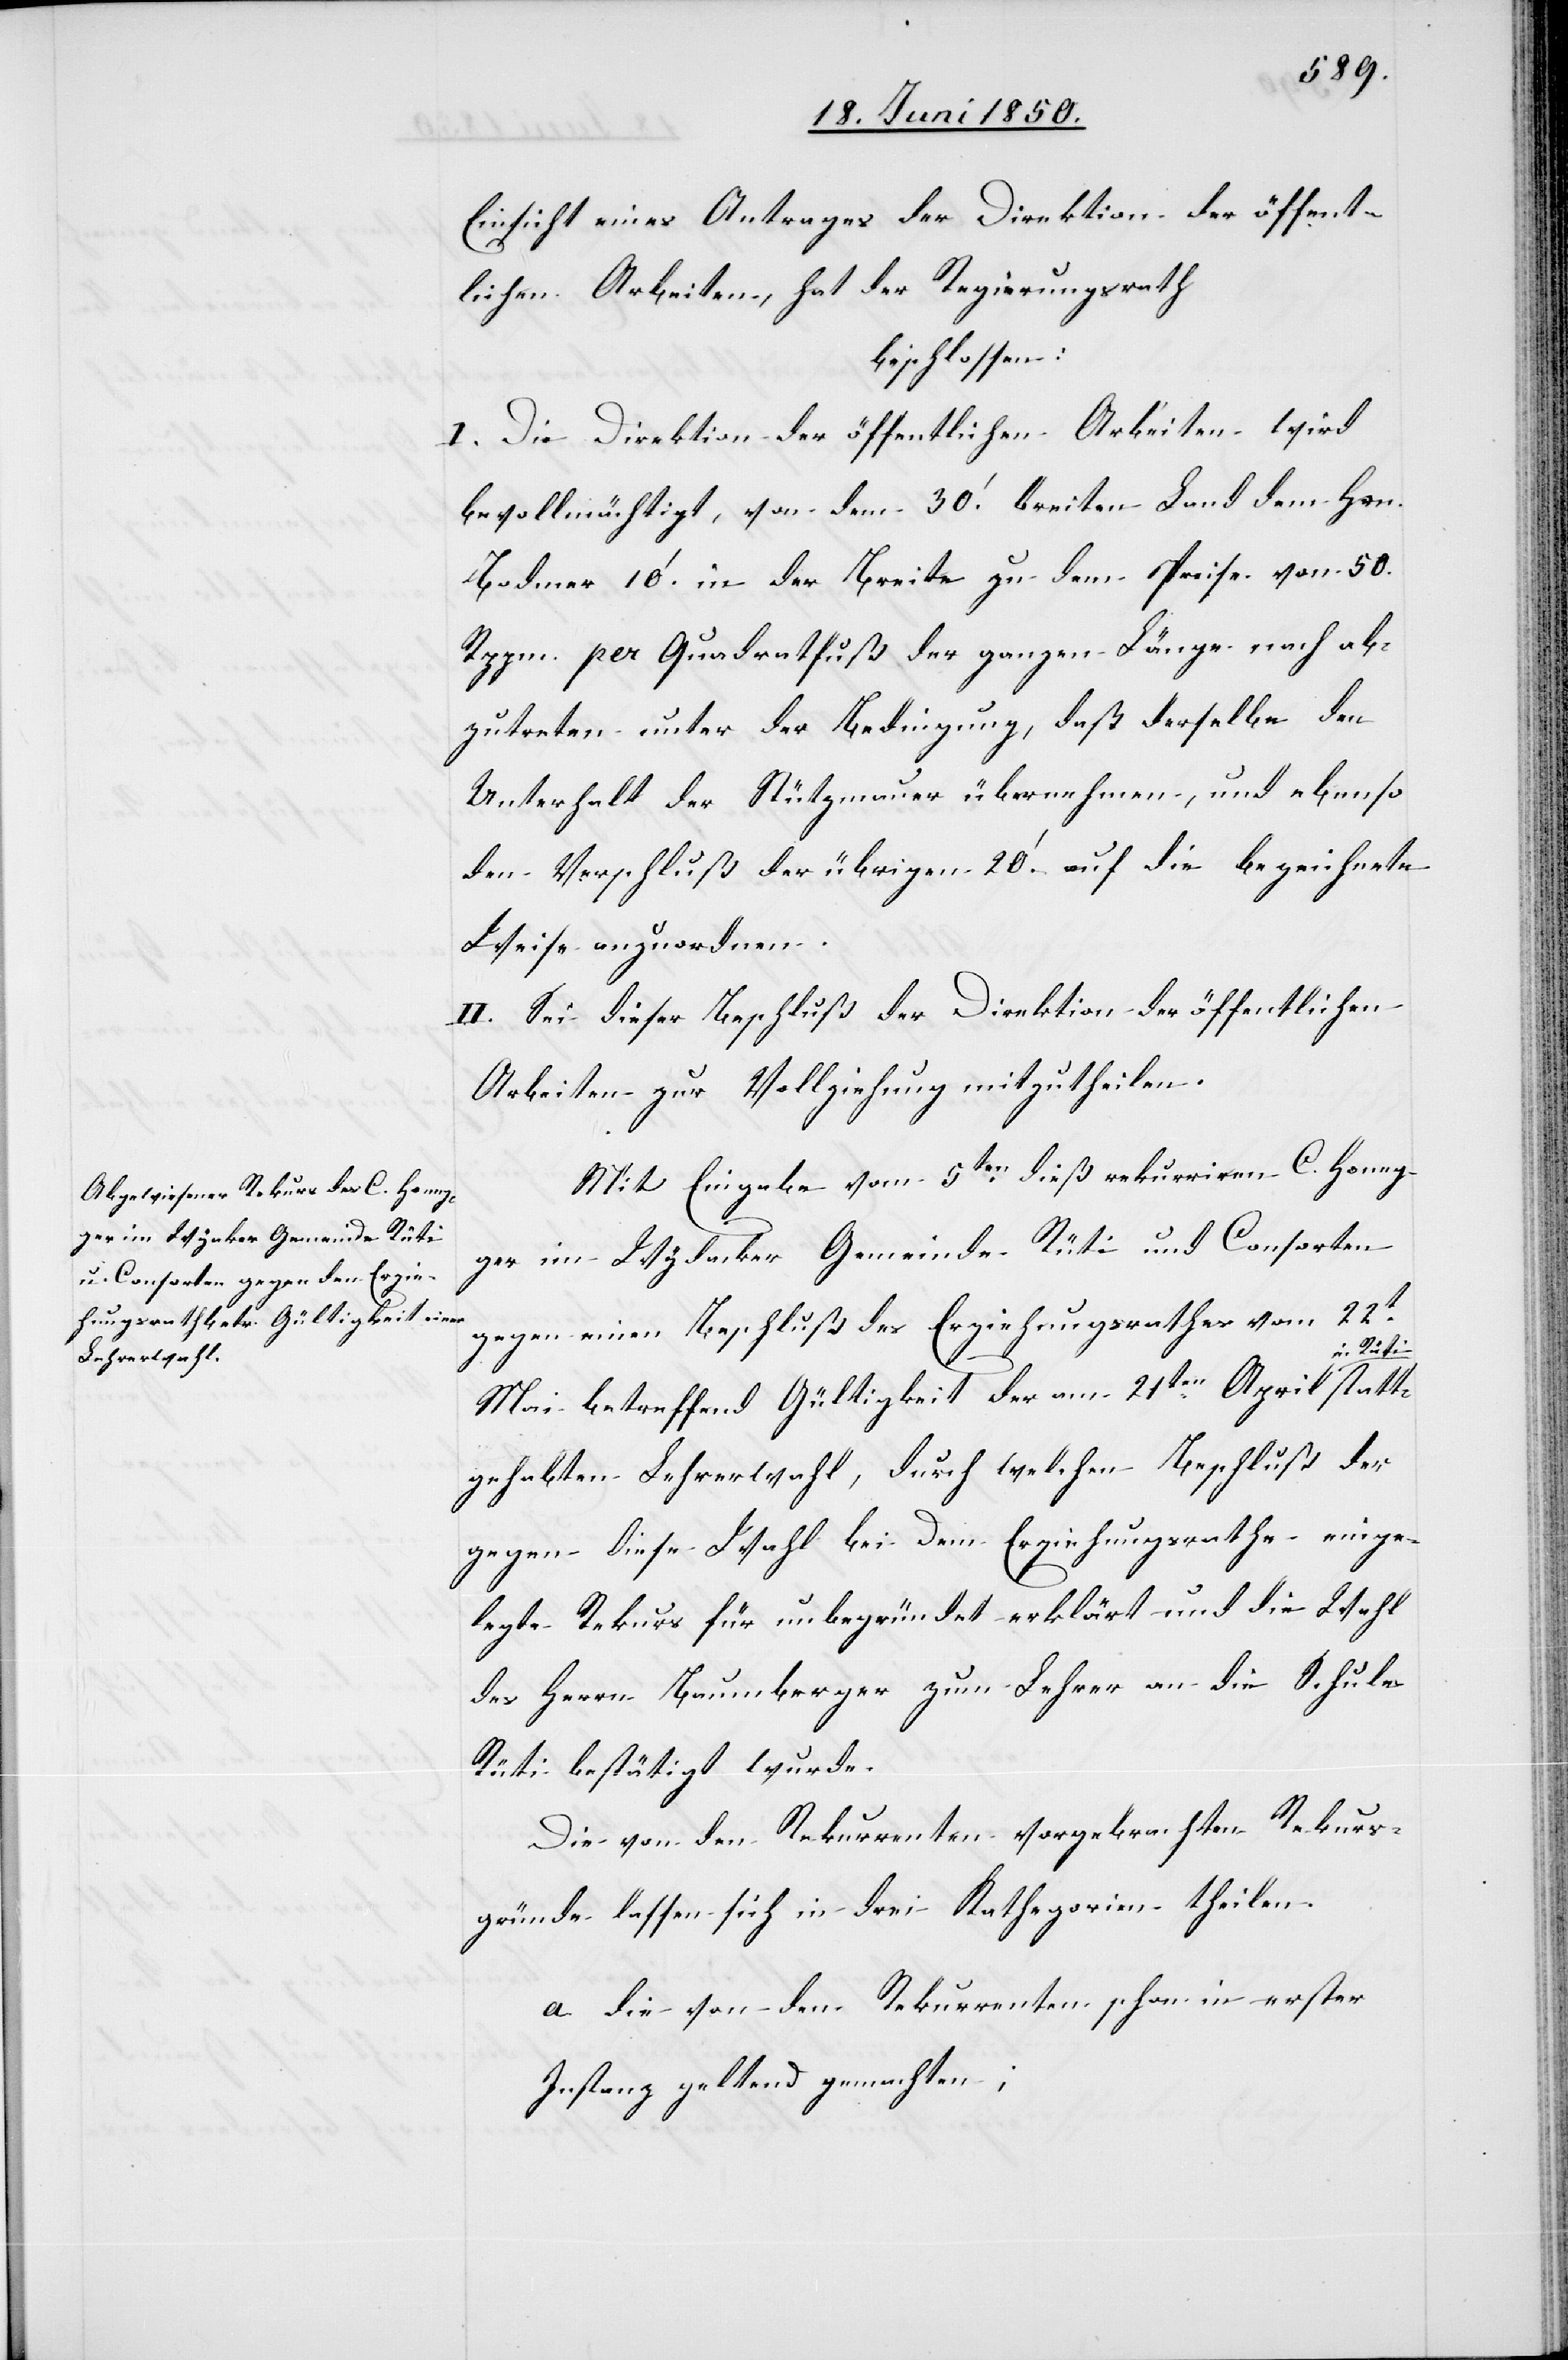
Einsicht eines Antrages der Direktion der öffent¬
lichen Arbeiten, hat der Regierungsrath
beschlossen:
I. Die Direktion der öffentlichen Arbeiten wird
bevollmächtigt, von dem 30.‘ breiten Land dem Hr.n
Bodmer 10.‘ in der Breite zu dem Preise von 50.
Rppn. per Quadratfuß der ganzen Länge nach ab¬
zutreten unter der Bedingung, daß derselbe den
Unterhalt der Stützmauer [zu] übernehmen, und ebenso
den Verschluß der übrigen 20.‘ auf die bezeichnete
Weise anzuordnen
II. Sei dieser Beschluß der Direktion der öffentlichen
Arbeiten zur Vollziehung mitzutheilen.
Mit Eingabe vom 5ten dieß rekurriren C. Honeg¬
ger im Wydacker Gemeinde Rüti und Consorten
gegen einen Beschluß des Erziehungsrathes vom 22t
i statt¬
Mai betreffend Gültigkeit der am 21ten April in Rüt¬
gehabten Lehrerwahl, durch welchen Beschluß der
gegen diese Wahl bei dem Erziehungsrathe einge¬
legte Rekurs für unbegründet erklärt und die Wahl
des Herrn Baumberger zum Lehrer an die Schule
Rüti bestätigt wurde.
Die von den Rekurrenten vorgebrachten Rekurs¬
gründe lassen sich in drei Kathegorien theilen.
a die von den Rekurrenten schon in erster
Instanz geltend gemachten;